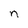
Character: n